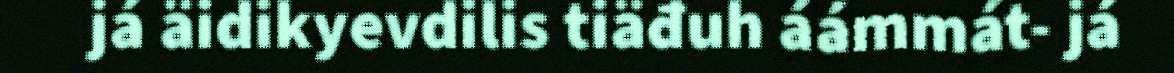
já äidikyevdilis tiäđuh áámmát- já